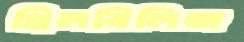
থ্রিলবিলিজ